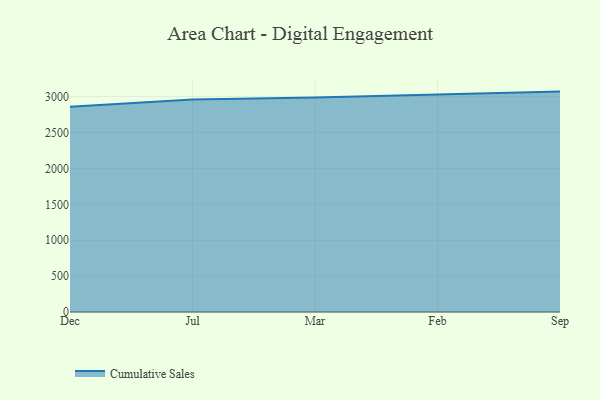
{"axis": {"x": "Month", "y": "Shipments"}, "legend": ["Cumulative Sales"], "data": [{"x": "Dec", "y": 2859.3, "type": "Cumulative Sales"}, {"x": "Jul", "y": 2960.6, "type": "Cumulative Sales"}, {"x": "Mar", "y": 2989.0, "type": "Cumulative Sales"}, {"x": "Feb", "y": 3026.4, "type": "Cumulative Sales"}, {"x": "Sep", "y": 3069.9, "type": "Cumulative Sales"}]}